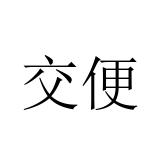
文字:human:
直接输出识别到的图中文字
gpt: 交便